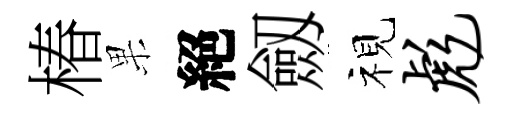
椿果絕劔视彪